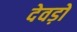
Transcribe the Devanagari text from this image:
देवड़ों